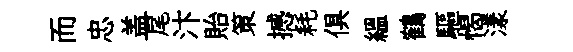
而忠盖尾汴貽策撼耗俱緼鶴驅愒漾